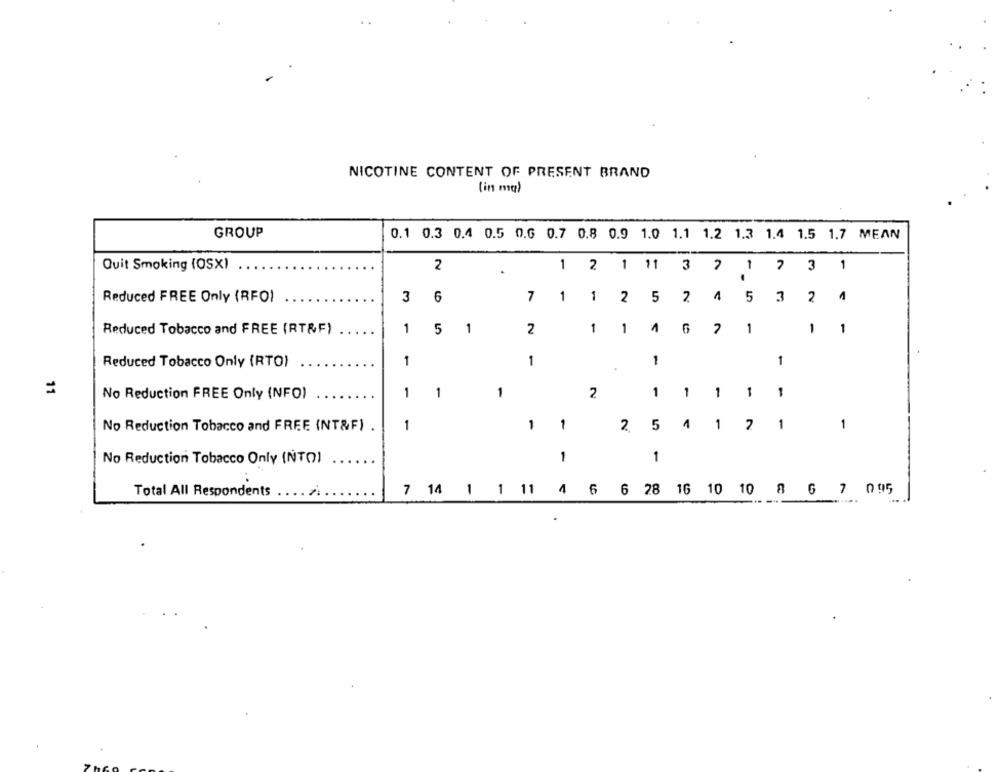
NICOTINE CONTENT OF PRESENT BRAND
(in mq)
GROUP
0.1 0.3 0.4 0.5 0.6 0.7 0.8 0.9 1.0 1.1 1.2 1.3 1.4 1.5 1.7 MEAN
Quit Smoking (OSX)
2
.
1 2 1 11 3 2
1
7 3 1
Reduced FREE Only (RFO)
3
6
7
1
1
2
5
2
1
5
3
2
Reduced Tobacco and FREE (RTRF)
1
5
1
2
1
1
1
6
2
1
1
1
Reduced Tobacco Only (RTO)
1
1
1
1
11
No Reduction FREE Only (NFO)
1
1
1
2
1
1
1
1
1
5
1
1
1
1
No Reduction Tobacco and FREE (NT&F) .
1
2
1
No Reduction Tobacco Only (NTO)
1
Total All Respondents
7 14 1 1 11 4 6 6 28 16 10 10 8 6 7 095